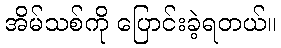
အိမ်သစ်ကို ပြောင်းခဲ့ရတယ်။